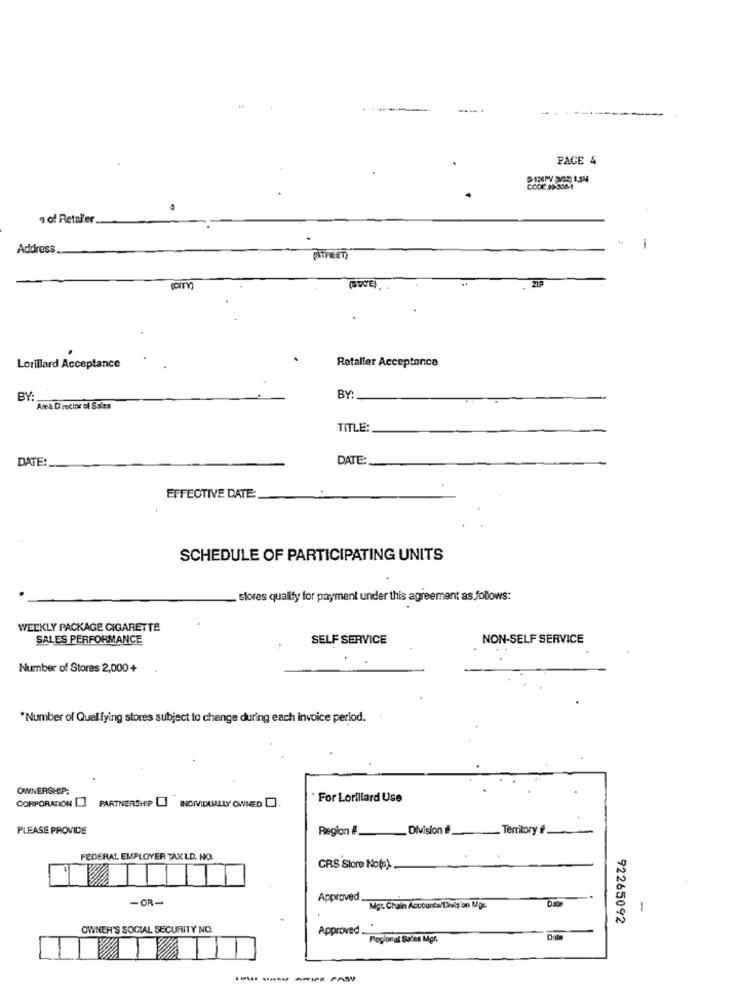
--.
PACE 4
CODE 99-308-1
a of Retaller
Address
-
(STREET)
212
Retaller Acceptance
Lorillard Acceptance
BY:
Ace a Director of Sales
TITLE:
DATE:
DATE:
EFFECTIVE DATE:
SCHEDULE OF PARTICIPATING UNITS
stores qualify for payment under this agreement as follows:
WEEKLY PACKAGE CIGARETTE
SALES PERFORMANCE
SELF SERVICE
NON-SELF SERVICE
Number of Stores 2,000+
*Number of Quellying stores subject to change during each invoice period.
OWNERSHIP:
CORPORATION []
· For Lorillard Use
PARTNERSHIP INDIVIDUALLY OWNED .
PLEASE PROVIDE
Region # __ Division #f_
_ Territory ff_
FEDERAL EMPLOYER TAX I.D. NO.
CRS Store No(s).
-OR-
Approved.
Date
Mg :. Chain Accounts/Division Mgr.
1
92265092
OWNER'S SOCIAL SECURITY NO.
Approved ...
Regional Sales Mgr.